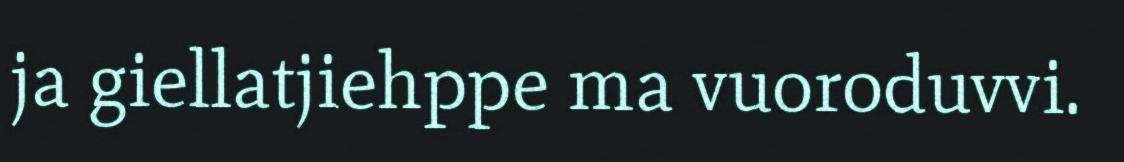
ja giellatjiehppe ma vuoroduvvi.